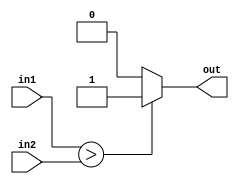
module greater_than_comparator (
    input signed [31:0] in1,
    input signed [31:0] in2,
    output reg out
);

always @(*) begin
    if (in1 > in2) begin
        out = 1;
    end else begin
        out = 0;
    end
end

endmodule